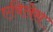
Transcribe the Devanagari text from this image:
एविलेस